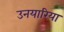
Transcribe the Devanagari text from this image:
उनयारिया